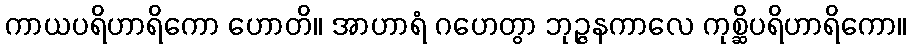
ကာယပရိဟာရိကော ဟောတိ။ အာဟာရံ ဂဟေတွာ ဘုဉ္ဇနကာလေ ကုစ္ဆိပရိဟာရိကော။